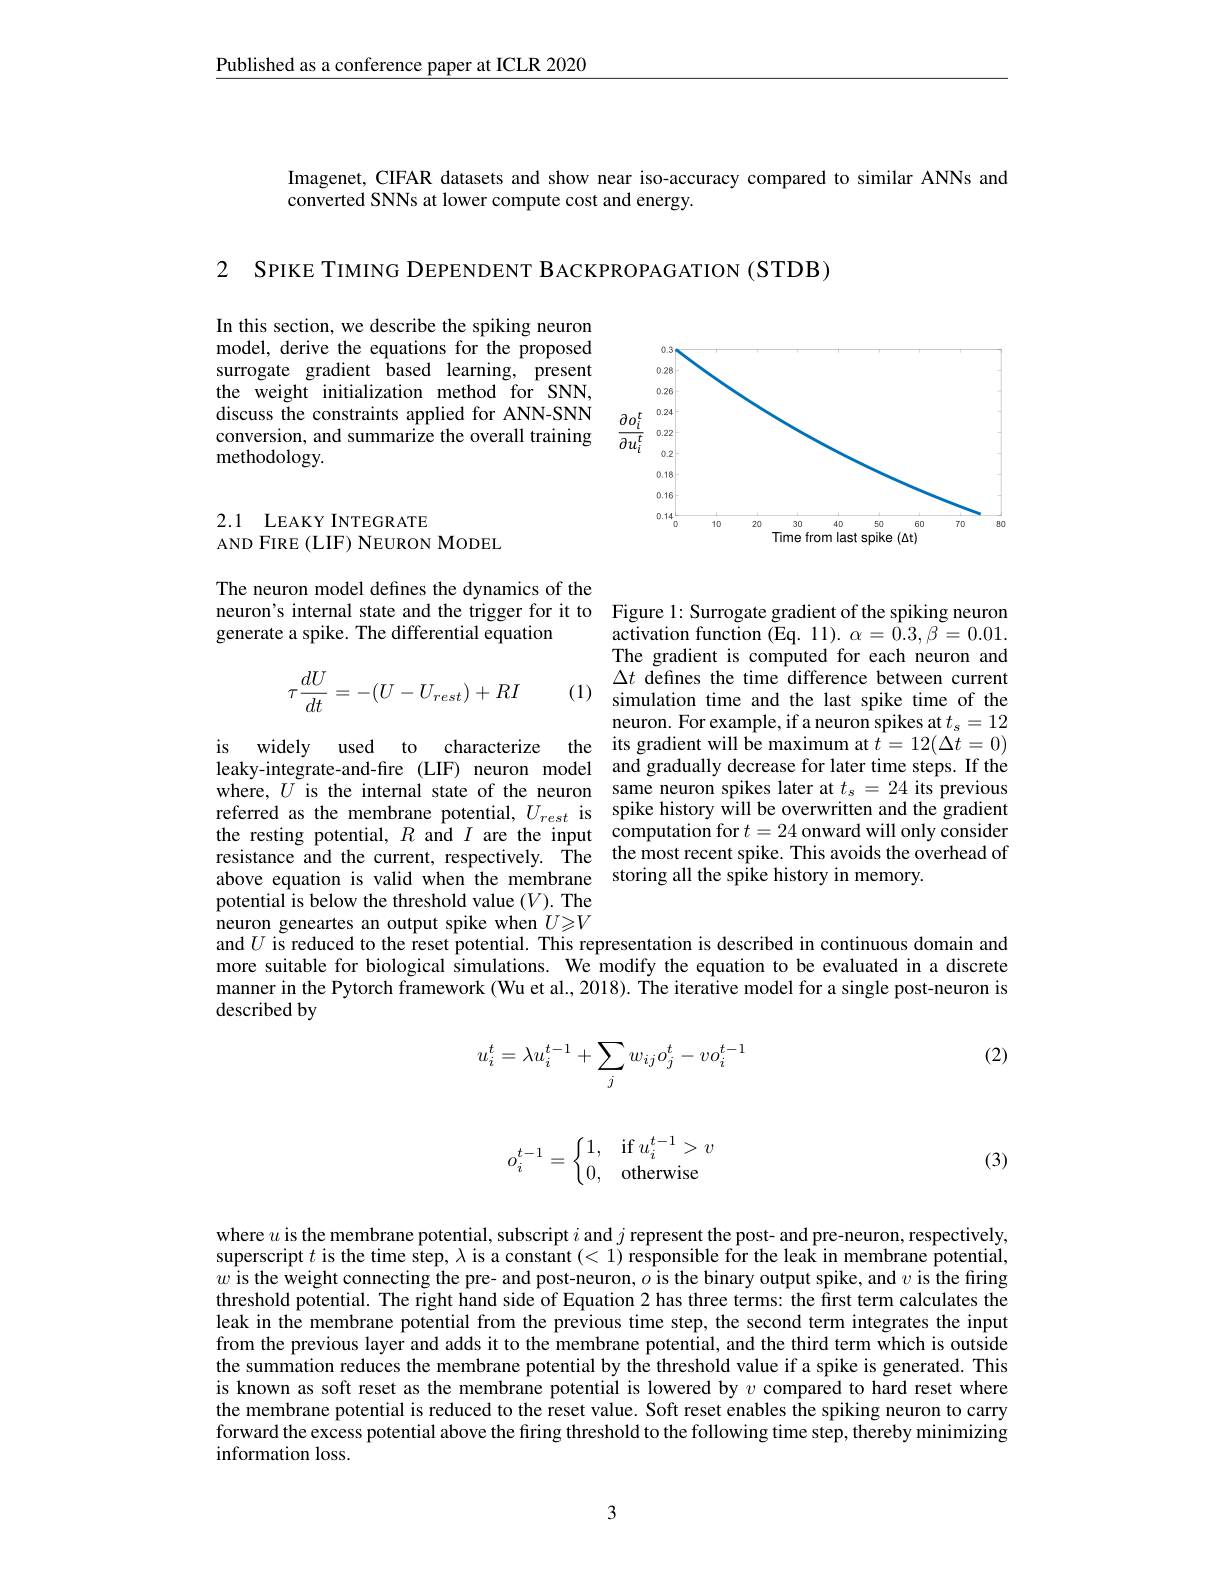
Published as a conference paper at ICLR 2020

Imagenet, CIFAR datasets and show near iso-accuracy compared to similar ANNs and
converted SNNs at lower compute cost and energy.

2 SPIKE TIMING DEPENDENT BACKPROPAGATION (STDB)

In this section, we describe the spiking neuron model, derive the equations for the proposed surrogate gradient based learning, present the weight initialization method for SNN, discuss the constraints applied for ANN-SNN conversion, and summarize the overall training methodology.

<FigureHere>

2.1 LEAKY INTEGRATE
AND FIRE (LIF) NEURON MODEL

The neuron model defines the dynamics of the
neuron's internal state and the trigger for it to Figure 1: Surrogate gradient of the spiking neuron
generate a spike. The differential equation
$$\tau\frac{dU}{dt}=-(U-U_{rest})+RI$$
(1)

$\underset{\mathrm{activation~function~(Eq.~11).~}}{\alpha=\hat{0}.3,\beta=0.01.}$ The gradient is computed for each neuron and $\Delta t$ defines the time difference between current simulation time and the last spike time of the neuron. For example, if a neuron spikes at $t_{\mathrm{s}}=12$
is widely used to characterize the its gradient will be maximum at $\hat{t}=12(\Delta t=0)$ leaky-integrate-and-fre (LIF) neuron model and gradually decrease for later time steps. If the where, $U$ is the internal state of the neuron same neuron spikes later at $t_s=24$ its previous referred as the membrane potential, $U_{rest}$ is $\text{spike history w\^{ı } ll be overwritten and the gradient}\textbf{the resting potential, }R$ and $I$ are the input computation for$t= 24$ onward will only consider resistance and the current, respectively. The the most recent spike. This avoids the overhead of above equation is valid when the membrane storing all the spike history in memory.

potential is below the threshold value $(V).$ The neuron geneartes an output spike when $U\geqslant V$ and $U$ is reduced to the reset potential. This representation is described in continuous domain and more suitable for biological simulations. We modify the equation to be evaluated in a discrete manner in the Pytorch framework (Wu et al., 2018). The iterative model for a single post-neuron is described by

(2)
$$u_i^t=\lambda u_i^{t-1}+\sum_jw_{ij}o_j^t-vo_i^{t-1}$$
$$o_i^{t-1}=\left\{\begin{matrix}1,&\text{if}\:u_i^{t-1}>v\\0,&\text{otherwise}\end{matrix}\right.$$
(3)

where $u$ is the membrane potential, subscript $i$ and $j$ represent the post- and pre-neuron, respectively, superscript $t$ is the time step, $\lambda$ is a constant (<1) responsible for the leak in membrane potential, $w$ is the weight connecting the pre- and post-neuron, $o$ is the binary output spike, and $v$ is the firing threshold potential. The right hand side of Equation 2 has three terms: the first term calculates the leak in the membrane potential from the previous time step, the second term integrates the input from the previous layer and adds it to the membrane potential, and the third term which is outside the summation reduces the membrane potential by the threshold value if a spike is generated. This is known as soft reset as the membrane potential is lowered by $v$ compared to hard reset where the membrane potential is reduced to the reset value. Soft reset enables the spiking neuron to carry forward the excess potential above the firing threshold to the following time step, thereby minimizing information loss.

3